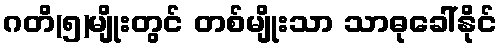
ဂတိ(၅)မျိုးတွင် တစ်မျိုးသာ သာဓုခေါ်နိုင်